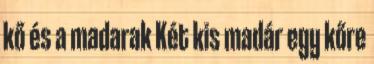
kő és a madarak Két kis madár egy kőre